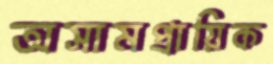
অসামপ্রায়িক